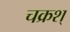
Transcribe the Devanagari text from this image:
चक्रश्